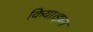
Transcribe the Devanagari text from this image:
किया।इब्न